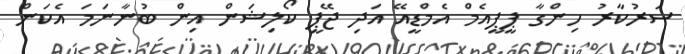
ސަރުކާރު ހިންގާ ޕީޕީއެމް އެމްޑީއޭ އަދި ޖޭޕީ ކޯލިޝަން އިން ބުނާނަމަ އެކަން